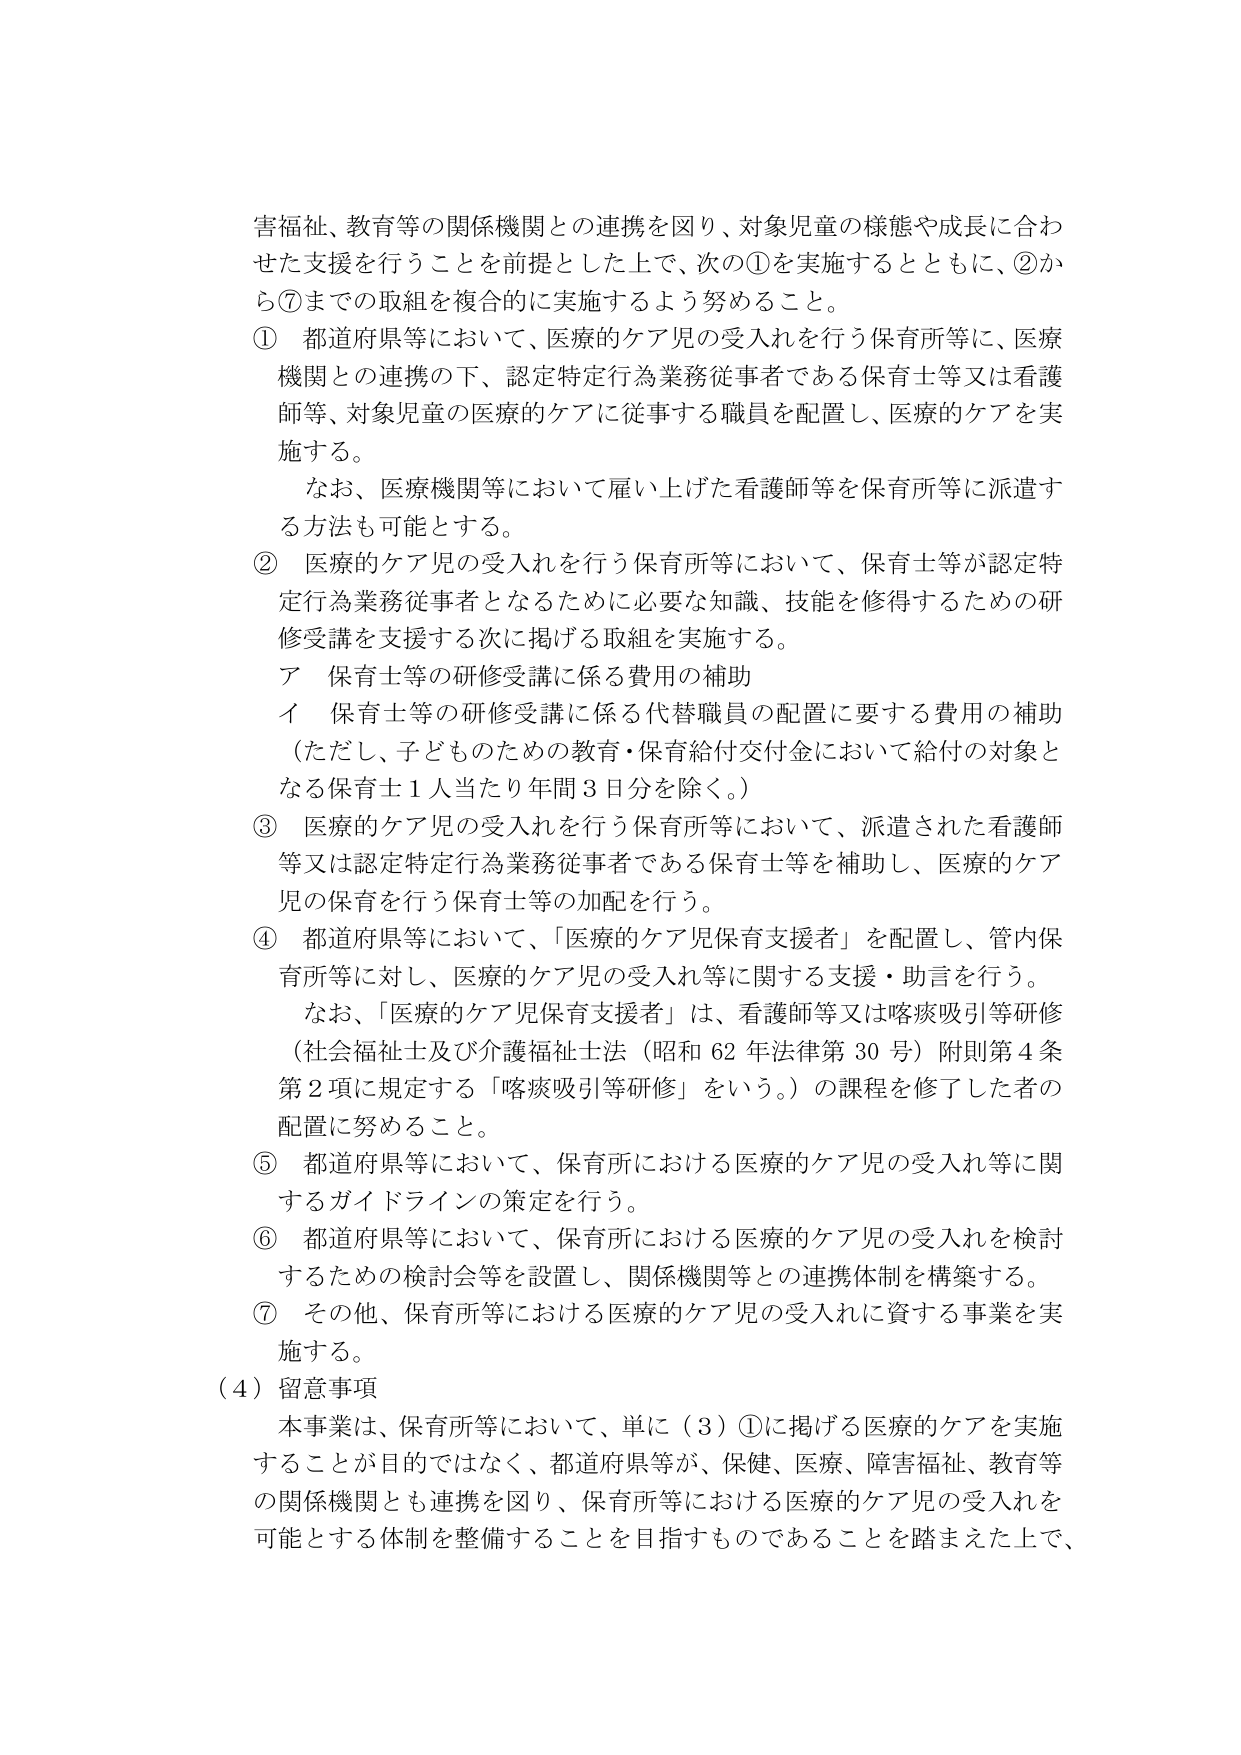
害福祉、教育等の関係機関との連携を図り、対象児童の様態や成長に合わせた支援を行うことを前提とした上で、次の①を実施するとともに、②から⑦までの取組を複合的に実施するよう努めること。

① 都道府県等において、医療的ケア児の受入れを行う保育所等に、医療機関との連携の下、認定特定行為業務従事者である保育士等又は看護師等、対象児童の医療的ケアに従事する職員を配置し、医療的ケアを実施する。

　　なお、医療機関等において雇い上げた看護師等を保育所等に派遣する方法も可能とする。

② 医療的ケア児の受入れを行う保育所等において、保育士等が認定特定行為業務従事者となるために必要な知識、技能を修得するための研修受講を支援する次に掲げる取組を実施する。

　　ア 保育士等の研修受講に係る費用の補助

　　イ 保育士等の研修受講に係る代替職員の配置に要する費用の補助
　　（ただし、子どものための教育・保育給付交付金において給付の対象となる保育士1人当たり年間3日分を除く。）

③ 医療的ケア児の受入れを行う保育所等において、派遣された看護師等又は認定特定行為業務従事者である保育士等を補助し、医療的ケア児の保育を行う保育士等の加配を行う。

④ 都道府県等において、「医療的ケア児保育支援者」を配置し、管内保育所等に対し、医療的ケア児の受入れ等に関する支援・助言を行う。

　　なお、「医療的ケア児保育支援者」は、看護師等又は喀痰吸引等研修（社会福祉士及び介護福祉士法（昭和62年法律第30号）附則第4条第2項に規定する「喀痰吸引等研修」をいう。）の課程を修了した者の配置に努めること。

⑤ 都道府県等において、保育所における医療的ケア児の受入れ等に関するガイドラインの策定を行う。

⑥ 都道府県等において、保育所における医療的ケア児の受入れを検討するための検討会等を設置し、関係機関等との連携体制を構築する。

⑦ その他、保育所等における医療的ケア児の受入れに資する事業を実施する。

（4）留意事項

　　本事業は、保育所等において、単に（3）①に掲げる医療的ケアを実施することが目的ではなく、都道府県等が、保健、医療、障害福祉、教育等の関係機関とも連携を図り、保育所等における医療的ケア児の受入れを可能とする体制を整備することを目指すものであることを踏まえた上で、